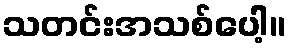
သတင်းအသစ်ပေါ့။